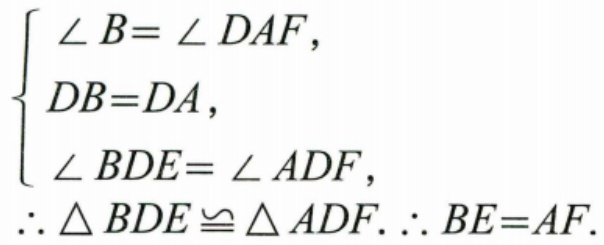
\(\begin{cases}
\angle B = \angle DAF,\\
DB = DA,\\
\angle BDE = \angle ADF,
\end{cases}\)
\(\therefore \triangle BDE\cong\triangle ADF.\therefore BE = AF.\)